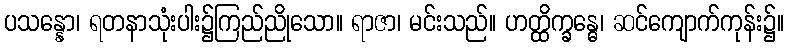
ပသန္နော၊ ရတနာသုံးပါး၌ကြည်ညိုသော။ ရာဇာ၊ မင်းသည်။ ဟတ္ထိက္ခန္ဓေ၊ ဆင်ကျောက်ကုန်း၌။